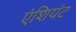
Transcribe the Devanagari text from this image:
एंशियंट